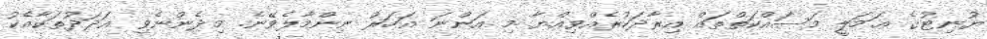
ޔުނިޓުގެ ޢަމަލީ މަސައްކަތްތައް އިރާދަކުރެއްވިއްޔާ މި އަންނަ އަހަރު ނިންމާލެވޭނެ. މިދެންނެވި ޢަދަދުތަކާއެކު